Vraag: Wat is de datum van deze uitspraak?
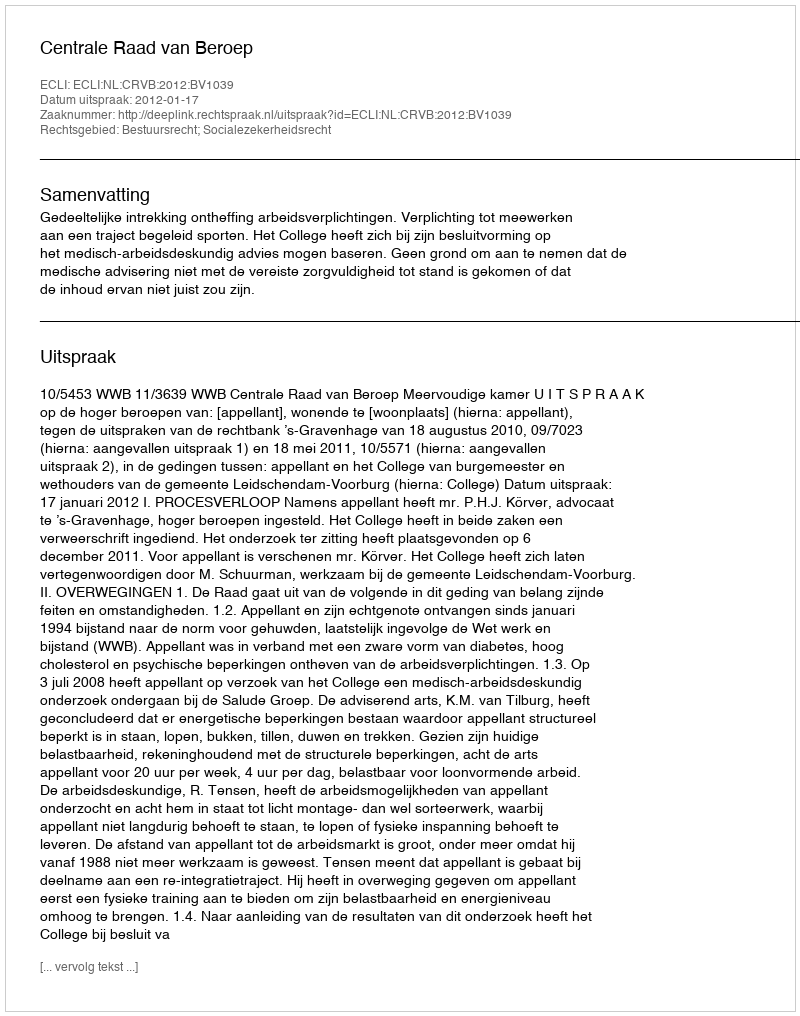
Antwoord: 2012-01-17